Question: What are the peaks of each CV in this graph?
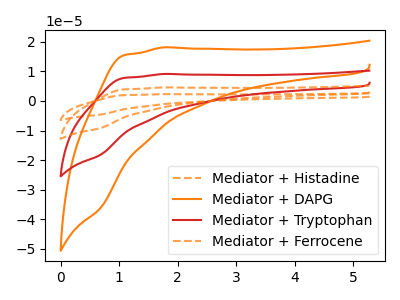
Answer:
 <answer>The orange dashed curve "Mediator + Histadine" has no peaks. The orange curve "Mediator + DAPG" has no peaks. The red curve "Mediator + Tryptophan" has no peaks. The orange dashed curve "Mediator + Ferrocene" has no peaks.</answer>
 <eval></eval>